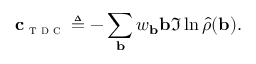
\mathbf { c } _ { \textsc { t d c } } \triangleq - \sum _ { \mathbf { b } } w _ { \mathbf { b } } \mathbf { b } \Im \ln \hat { \rho } ( \mathbf { b } ) .